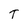
Character: T